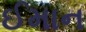
ઈમાન